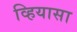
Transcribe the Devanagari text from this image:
व्हियासा